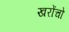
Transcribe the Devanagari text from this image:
खरोंचो